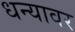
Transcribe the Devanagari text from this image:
धन्यावर